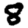
Digit: 8